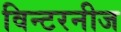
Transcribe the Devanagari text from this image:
विन्टरनीज